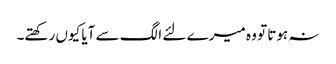
نہ ہوتا تو وہ میرے لئے الگ سے آیا کیوں رکھتے۔